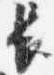
長